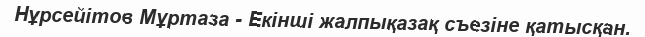
Нұрсейітов Мұртаза - Екінші жалпықазақ съезіне қатысқан.